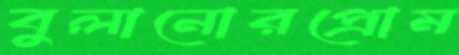
বুলানোরপ্রোম